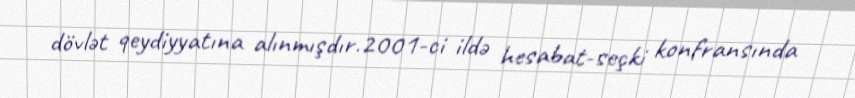
dövlət qeydiyyatına alınmışdır.2001-ci ildə hesabat-seçki konfransında